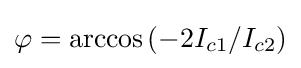
\varphi =\arccos \left(-2I_{c1}/I_{c2}\right)